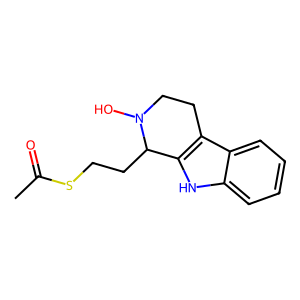
SMILES: CC(=O)SCCC1c2[nH]c3ccccc3c2CCN1O
Inhibits HIV replication: No